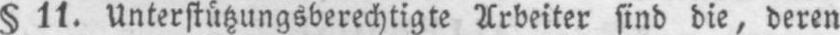
§ 11. Unterstützungsberechtigte Arbeiter sind die, deren